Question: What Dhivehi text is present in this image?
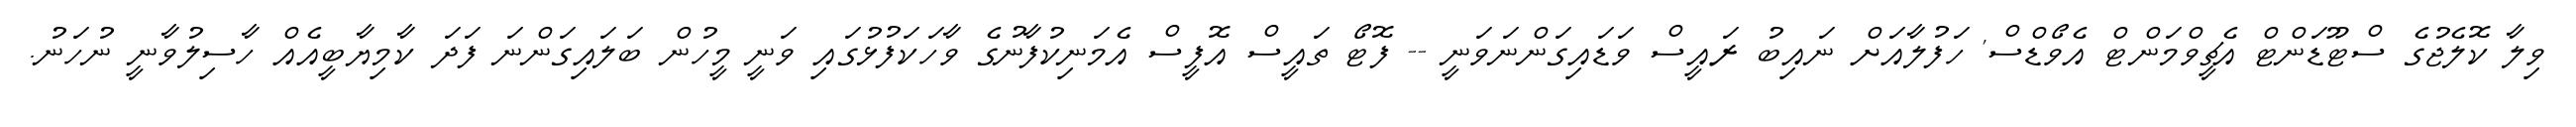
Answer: ވިލާ ކޮލެޖުގެ ސްޓޫޑަންޓް އެޗީވްމަންޓް އެވޯޑްސް' ހަފުލާއަށް ނައިބު ރައީސް ވަޑައިގަންނަވަނީ -- ފޮޓޯ ތައީސް އޮފީސް އެމަނިކުފާނުގެ ވާހަކަފުޅުގައި ވަނީ މީހުން ބަލައިގަންނަ ފަދަ ކާމިޔާބީއެއް ހާސިލުވާނީ ނުހަނު.